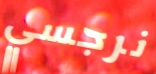
نرجسي